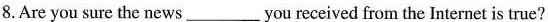
8.Are you sure the news___you received from the Internet is true?